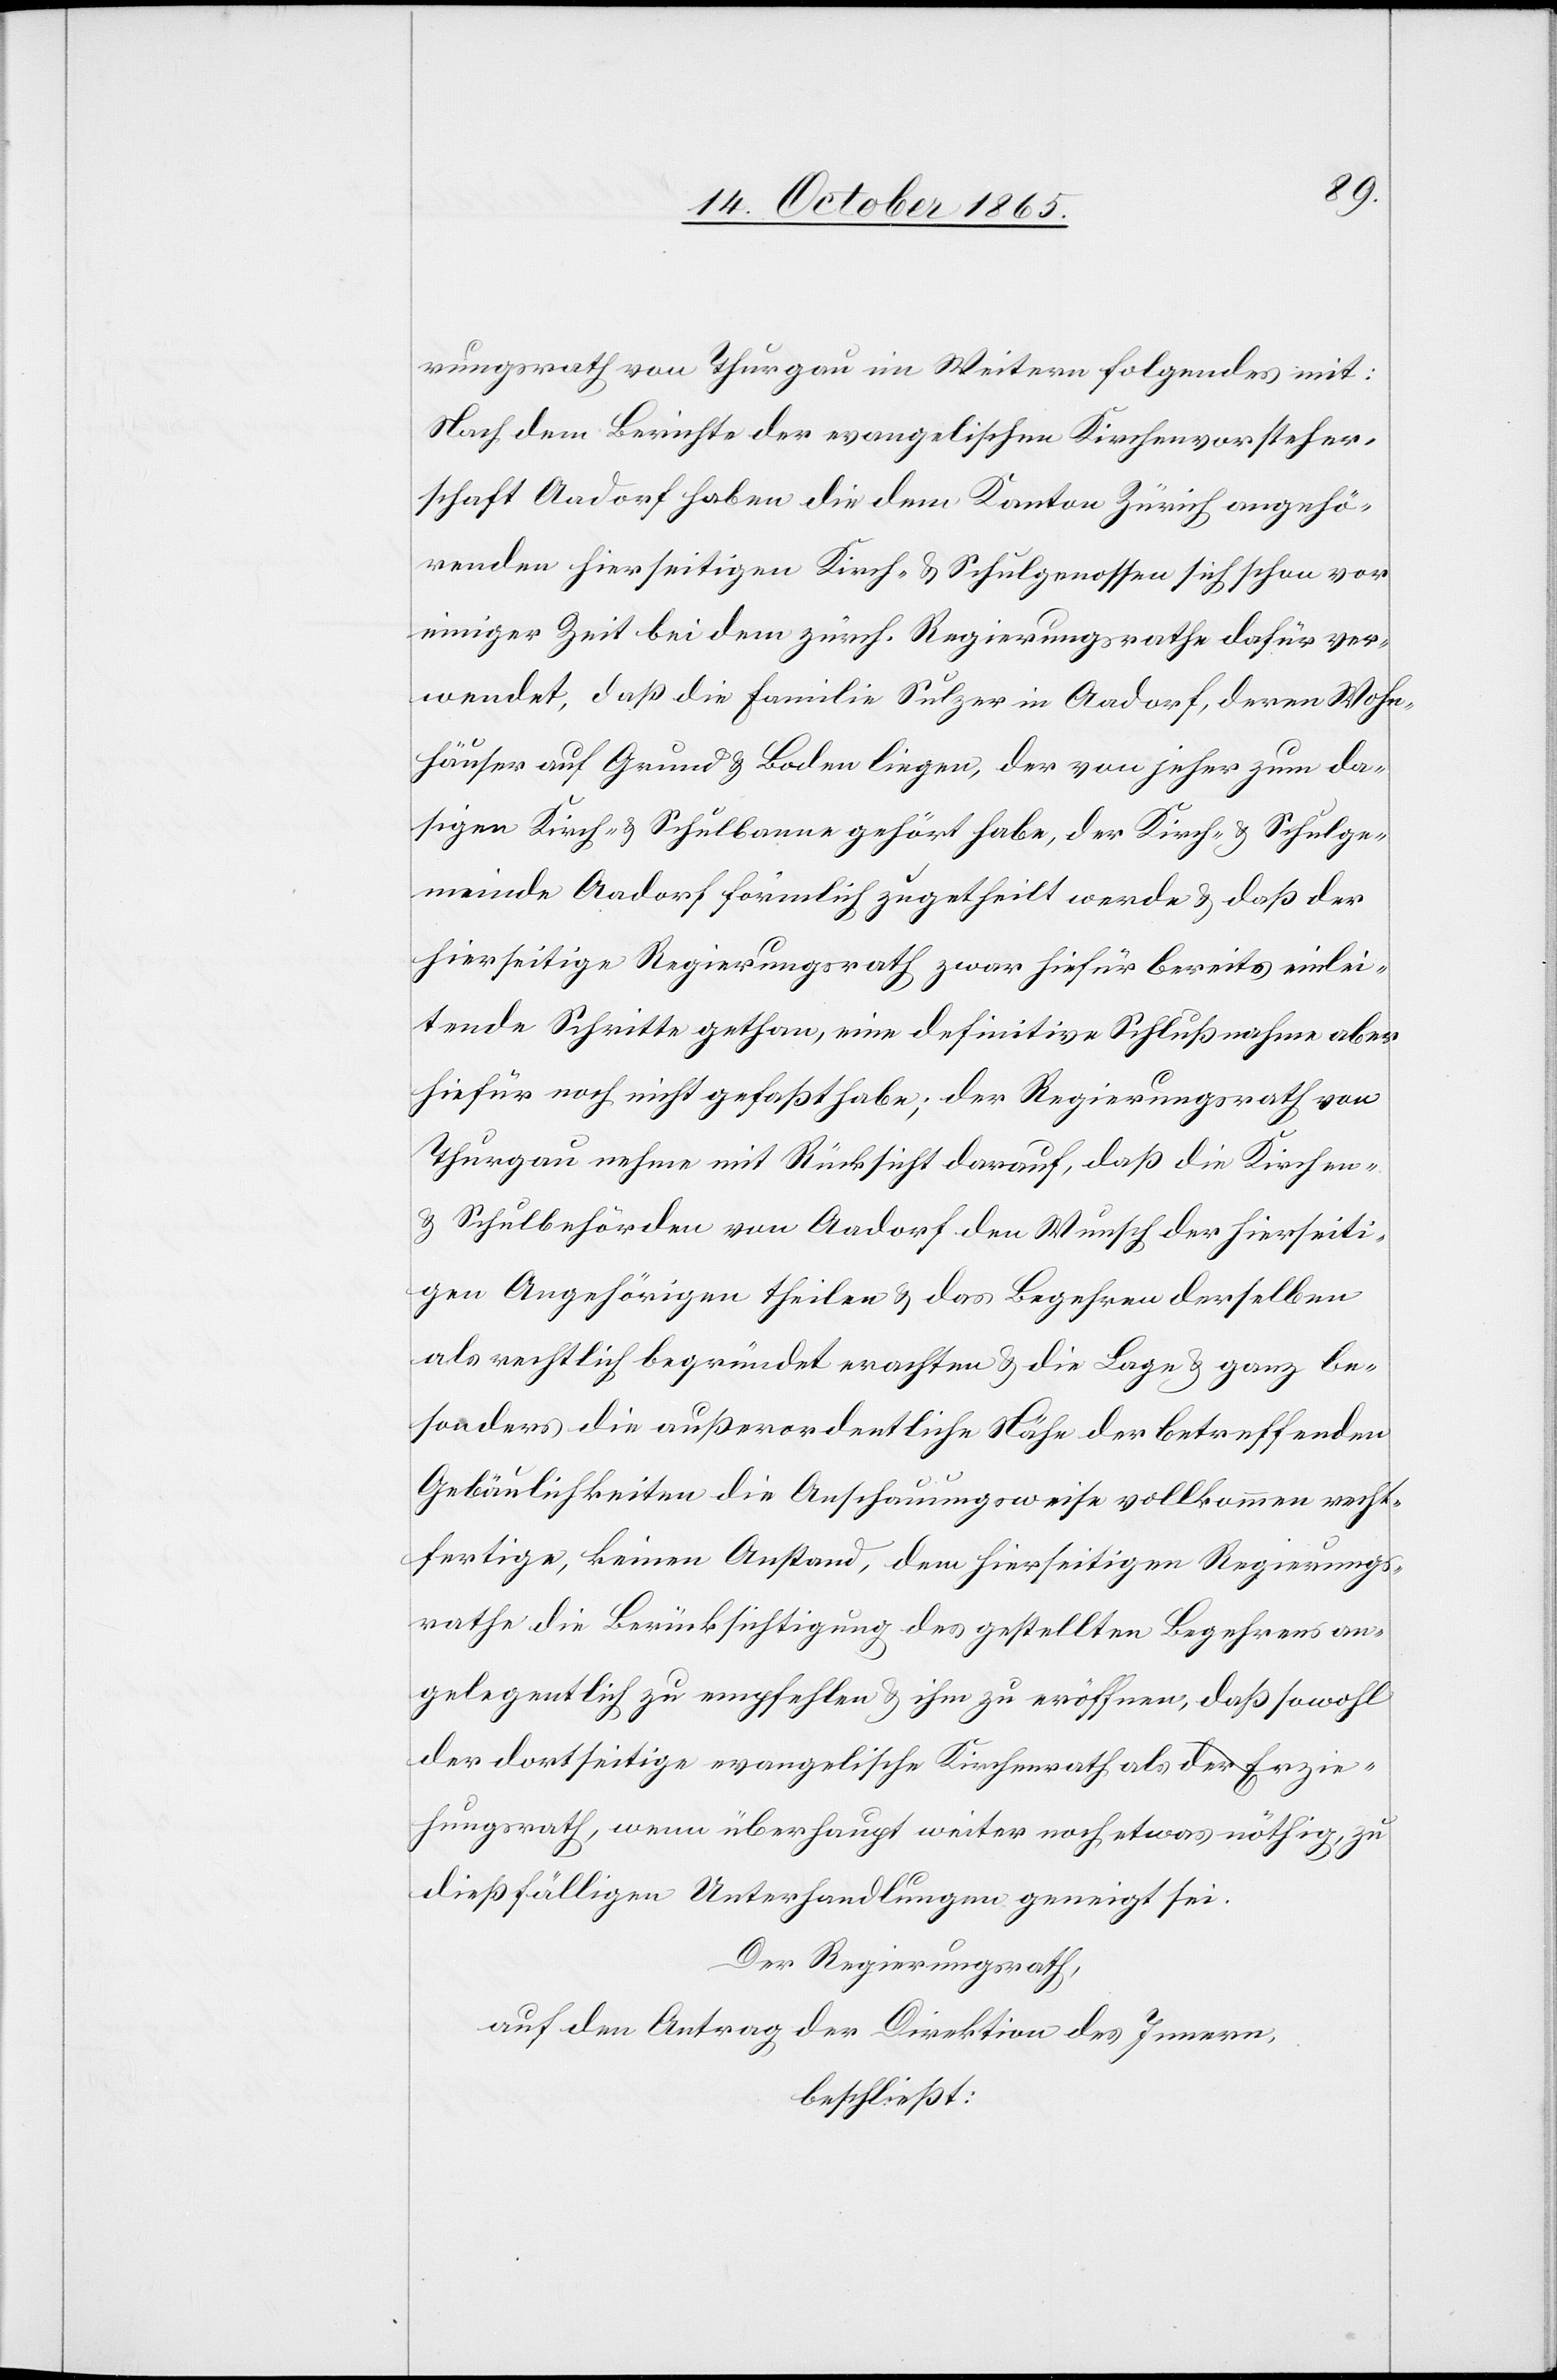
rungsrath von Thurgau im Weitern folgendes mit:
Nach dem Berichte der evangelischen Kirchenvorsteher¬
schaft Aadorf haben die dem Kanton Zürich angehö¬
renden hierseitigen Kirch- & Schulgenossen sich schon vor
einiger Zeit bei dem zürch. Regierungsrathe dafür ver¬
wendet, daß die Familie Sulzer in Aadorf, deren Wohn¬
häuser auf Grund & Boden liegen, der von jeher zum da¬
sigen Kirch- & Schulbanne gehört habe, der Kirch- & Schulge¬
meinde Aadorf förmlich zugetheilt werde & daß der
hierseitige Regierungsrath zwar hiefür bereits einlei¬
tende Schritte gethan, eine definitive Schlußnahme aber
hiefür noch nicht gefaßt habe; der Regierungsrath von
Thurgau nehme mit Rücksicht darauf, daß die Kirchen-
& Schulbehörden von Aadorf den Wunsch der hierseiti¬
gen Angehörigen theilen & das Begehren derselben
als rechtlich begründet erachten & die Lage & ganz be¬
sonders die außerordentliche Höhe der betreffenden
Gebäulichkeiten die Anschauungsweise vollkommen recht¬
fertige, keinen Anstand, dem hierseitigen Regierungs¬
rathe die Berücksichtigung des gestellten Begehrens an¬
gelegentlich zu empfehlen & ihm zu eröffnen, daß sowohl
der dortseitige evangelische Kirchenrath als der Erzie¬
hungsrath, wenn überhaupt weiter noch etwas nöthig, zu
dießfälligen Unterhandlungen geneigt sei.
Der Regierungsrath,
auf den Antrag der Direktion des Innern,
beschließt: